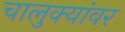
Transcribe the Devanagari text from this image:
चालुक्यांवर